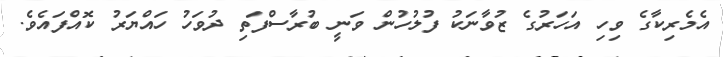
އެމެރިކާގެ ވިހި އަހަރުގެ ޒުވާނަކު ފުލުހުން ވަނީ ބުރާސްފަތި ދުވަހު ހައްޔަރު ކޮއްފައެވެ.